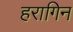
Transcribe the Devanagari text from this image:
हरागिन